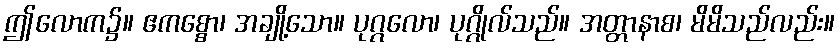
ဤလောက၌။ ဧကစ္စော၊ အချို့သော။ ပုဂ္ဂလော၊ ပုဂ္ဂိုလ်သည်။ အတ္တာနာစ၊ မိမိသည်လည်း။